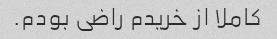
کاملا از خریدم راضی بودم.